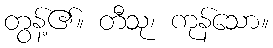
တွန့်၏။ တီသု၊ ကုန်သော။